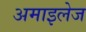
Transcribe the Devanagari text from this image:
अमाइलेज